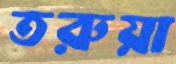
তরুয়া